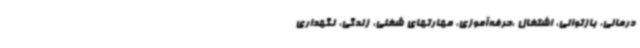
درمانی، بازتوانی، اشتغال ،حرفه‌آموزی، مهارتهای شغلی، زندگی، نگهداری